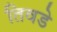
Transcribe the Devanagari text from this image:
तिवडे